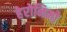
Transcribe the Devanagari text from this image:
हेरोनिमो